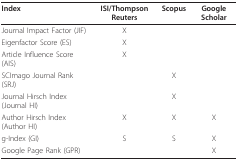
<table><thead><tr><td><b>Index</b></td><td><b>ISI/Thompson Reuters</b></td><td><b>Scopus</b></td><td><b>Google Scholar</b></td></tr></thead><tbody><tr><td>Journal Impact Factor (JIF)</td><td>X</td><td></td><td></td></tr><tr><td>Eigenfactor Score (ES)</td><td>X</td><td></td><td></td></tr><tr><td>Article Influence Score (AIS)</td><td>X</td><td></td><td></td></tr><tr><td>SCImago Journal Rank (SRJ)</td><td></td><td>X</td><td></td></tr><tr><td>Journal Hirsch Index (Journal HI)</td><td></td><td>X</td><td></td></tr><tr><td>Author Hirsch Index (Author HI)</td><td>X</td><td>X</td><td>X</td></tr><tr><td>g-Index (GI)</td><td>S</td><td>S</td><td>X</td></tr><tr><td>Google Page Rank (GPR)</td><td></td><td></td><td>X</td></tr></tbody></table>